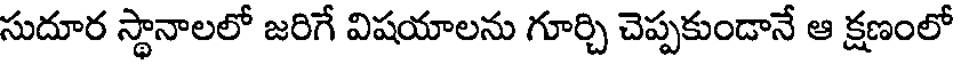
సుదూర స్థానాలలో జరిగే విషయాలను గూర్చి చెప్పకుండానే ఆ క్షణంలో